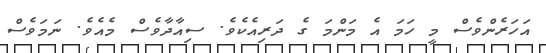
އަހަރެންވެސް މީ ހަމަ އެ މަންމަ ގެ ދަރިއެކެވެ. ސިއާދާވެސް މެއެވެ. ނަމަވެސް